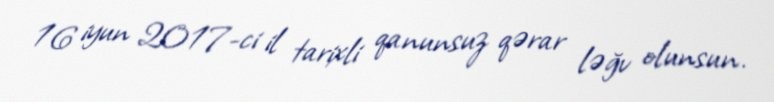
16 iyun 2017-ci il tarixli qanunsuz qərar ləğv olunsun.